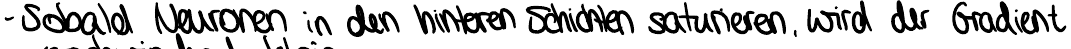
- Sobald Neuronen in den hinteren Schichten saturieren, wird der Gradient